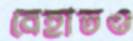
বেহাতও